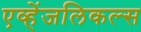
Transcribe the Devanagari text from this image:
एव्हेंजलिकल्स